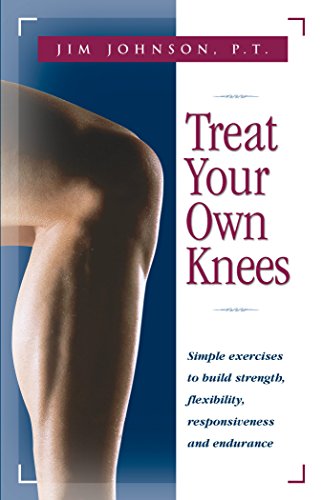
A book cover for Treat Your Own Knees: Simple Exercises to Build Strength, Flexibility, Responsiveness and Endurance; Jim Johnson; Health, Fitness & Dieting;